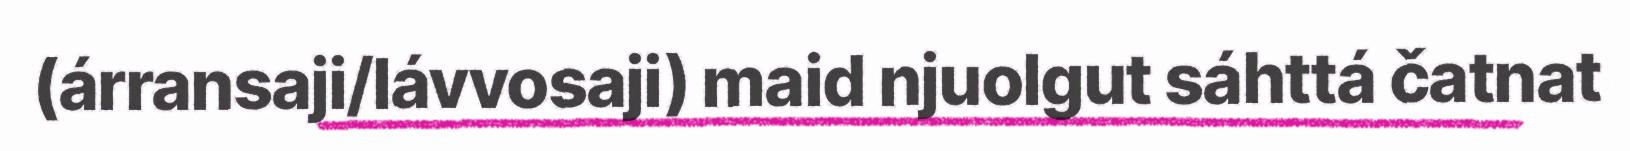
(árransaji/lávvosaji) maid njuolgut sáhttá čatnat